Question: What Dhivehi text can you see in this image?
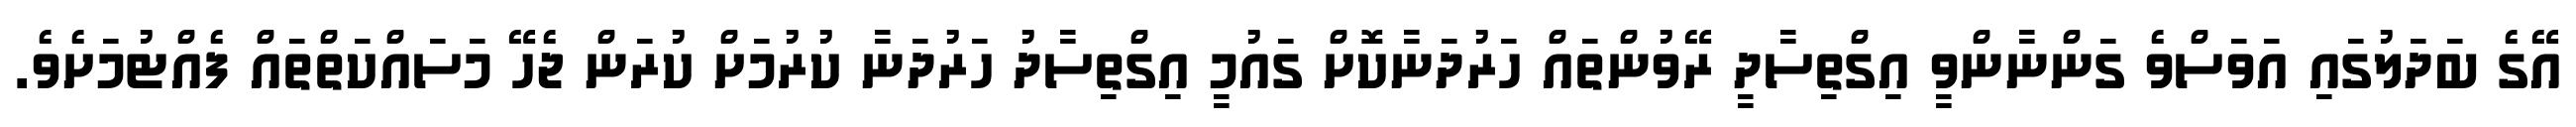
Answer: އޭގެ ބަދަލުގައި އަވަސްވެ ގަންނާންވީ އިގްތިސާދީ ރޭވުންތައް ހަރުދަނާކޮށް ގައުމީ އިގްތިސާދު ހަރުދަނާ ކުރުމަށް ކުރަން ޖެހޭ މަސައްކަތްތައް ފެއްޓުމަށެވެ.